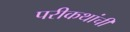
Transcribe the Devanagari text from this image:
परीकथांची